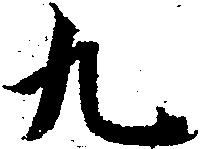
九